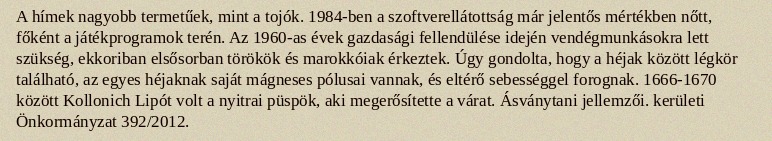
A hímek nagyobb termetűek, mint a tojók. 1984-ben a szoftverellátottság már jelentős mértékben nőtt, főként a játékprogramok terén. Az 1960-as évek gazdasági fellendülése idején vendégmunkásokra lett szükség, ekkoriban elsősorban törökök és marokkóiak érkeztek. Úgy gondolta, hogy a héjak között légkör található, az egyes héjaknak saját mágneses pólusai vannak, és eltérő sebességgel forognak. 1666-1670 között Kollonich Lipót volt a nyitrai püspök, aki megerősítette a várat. Ásványtani jellemzői. kerületi Önkormányzat 392/2012.